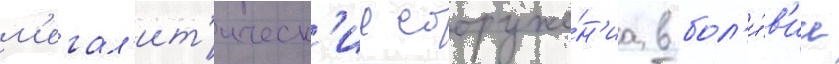
м'егал'ит'ическ'ие сооруже́н'иа в бол'и́в'ии